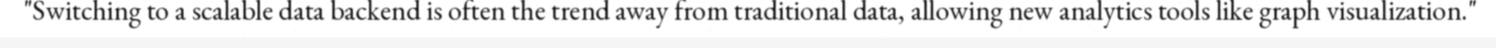
"Switching to a scalable data backend is often the trend away from traditional data, allowing new analytics tools like graph visualization."